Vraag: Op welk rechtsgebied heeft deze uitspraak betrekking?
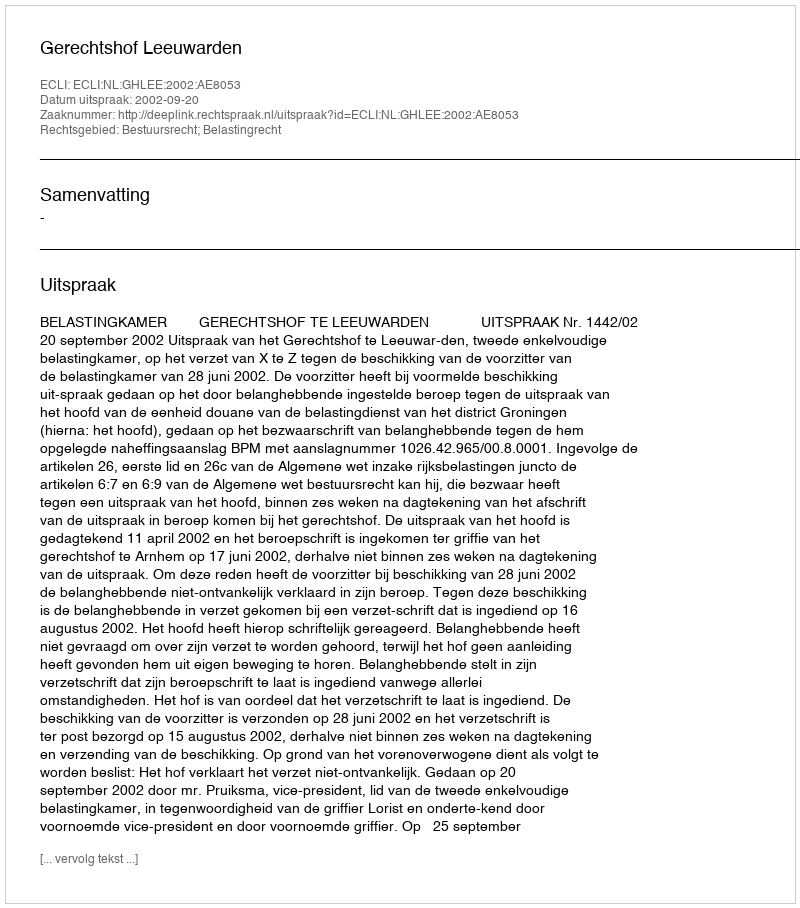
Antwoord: Bestuursrecht; Belastingrecht